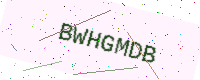
Text: BWHGMDB